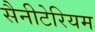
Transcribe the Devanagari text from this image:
सैनीटेरियम